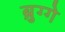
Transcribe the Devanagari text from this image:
ब्रुग्गे